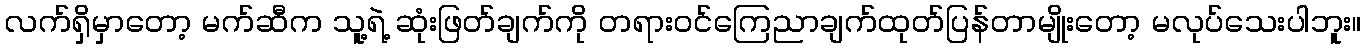
လက်ရှိမှာတော့ မက်ဆီက သူ့ရဲ့ ဆုံးဖြတ်ချက်ကို တရားဝင်ကြေညာချက်ထုတ်ပြန်တာမျိုးတော့ မလုပ်သေးပါဘူး။